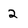
Character: 2